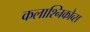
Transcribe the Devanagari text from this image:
कलाश्निकोव्स